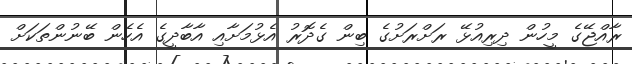
ރާއްޖޭގެ މީހުން ދިރިއުޅޭ ރަށްރަށުގެ ބިން ގެދޮރު އެޅުމަށާއި އާބާދީގެ އެހެން ބޭނުންތަކަށް